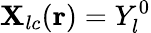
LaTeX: \mathbf{X}_{lc}(\mathbf{{r}})=Y_{l}^{0}